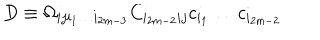
D \equiv \Omega _ { i j i _ { 1 } \dots i _ { 2 m - 3 } } C _ { i _ { 2 m - 2 } i j } c _ { i _ { 1 } } \dots c _ { i _ { 2 m - 2 } }